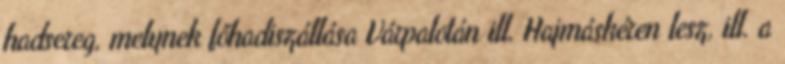
hadsereg, melynek főhadiszállása Várpalotán ill. Hajmáskéren lesz, ill. a